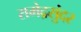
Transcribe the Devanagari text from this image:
रामेद्रसुंदर